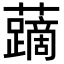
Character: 𧃐